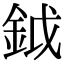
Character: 鉞